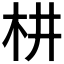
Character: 𣏨